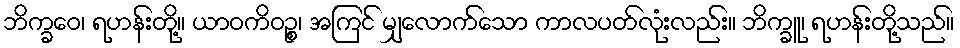
ဘိက္ခဝေ၊ ရဟန်းတို့။ ယာဝကိဝဉ္စ၊ အကြင် မျှလောက်သော ကာလပတ်လုံးလည်း။ ဘိက္ခူ၊ ရဟန်းတို့သည်။